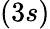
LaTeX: (3s)